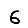
Digit: 6